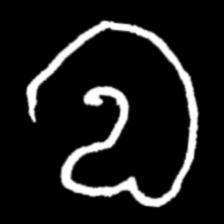
Pyu character \u2014 Myanmar letter: လ (romanized: la)